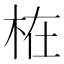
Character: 𣑊